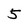
Character: 5